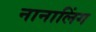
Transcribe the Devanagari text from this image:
नानालिंग